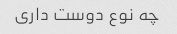
چه نوع دوست داری